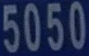
5050